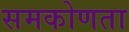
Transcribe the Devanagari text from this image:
समकोणता